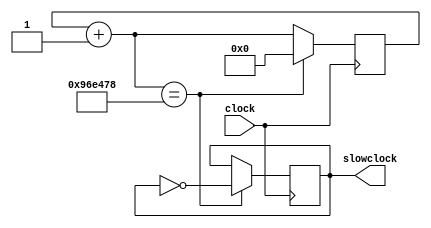
module reset_clock(
input clock,output reg slowclock
    );
    
    reg slowclock = 0;
    reg [31:0] count = 0;
    
    always@(posedge clock) begin
    count = count+1;
     if(count == 9888888)
     begin
     slowclock = ~slowclock;
     count = 0;
     end
    end 
     
endmodule